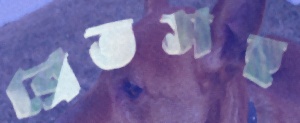
ব্রেভসহ